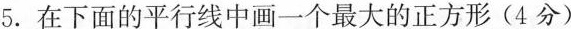
5.在下面的平行线中画一个最大的正方形(4分)